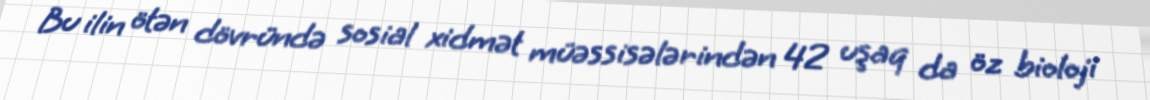
Bu ilin ötən dövründə sosial xidmət müəssisələrindən 42 uşaq da öz bioloji